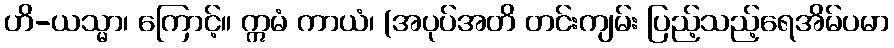
ဟိ-ယသ္မာ၊ ကြောင့်။ ဣမံ ကာယံ၊ (အပုပ်အတိ တင်းကျမ်း ပြည့်သည့်ရေအိမ်ပမာ